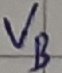
Text: VB